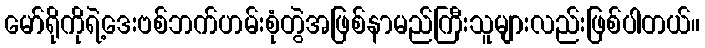
မော်ရိုကိုရဲ့ဒေးဗစ်ဘက်ဟမ်းစုံတွဲအဖြစ်နာမည်ကြီးသူများလည်းဖြစ်ပါတယ်။